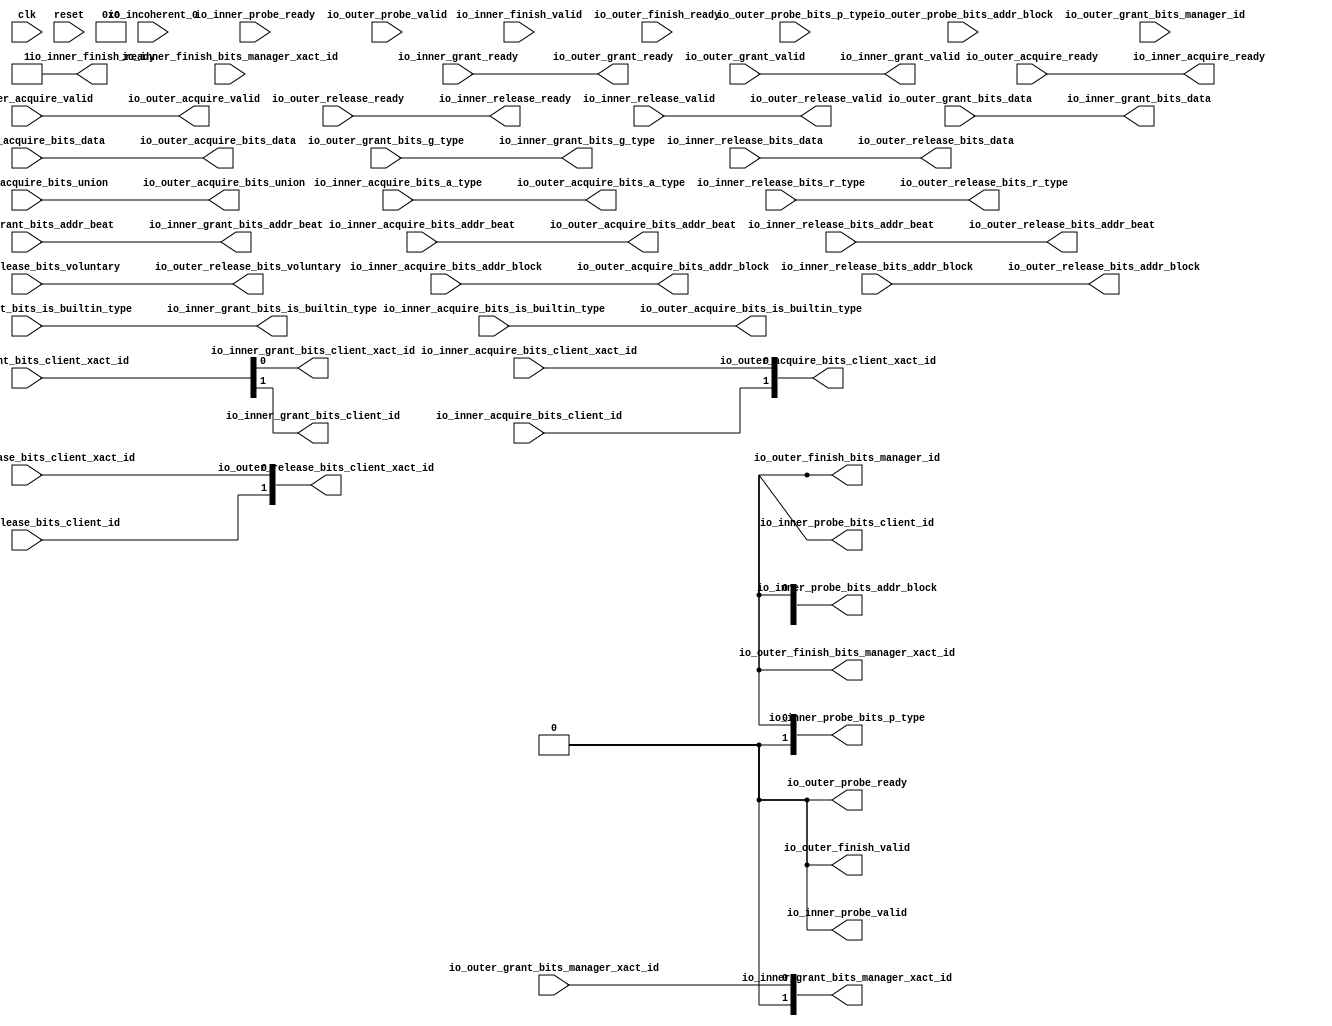
// Copyright (c) 2017, Microsemi Corporation
// All rights reserved.
//
// Redistribution and use in source and binary forms, with or without
// modification, are permitted provided that the following conditions are met:
//     * Redistributions of source code must retain the above copyright
//       notice, this list of conditions and the following disclaimer.
//     * Redistributions in binary form must reproduce the above copyright
//       notice, this list of conditions and the following disclaimer in the
//       documentation and/or other materials provided with the distribution.
//     * Neither the name of the <organization> nor the
//       names of its contributors may be used to endorse or promote products
//       derived from this software without specific prior written permission.
//
// THIS SOFTWARE IS PROVIDED BY THE COPYRIGHT HOLDERS AND CONTRIBUTORS "AS IS" AND
// ANY EXPRESS OR IMPLIED WARRANTIES, INCLUDING, BUT NOT LIMITED TO, THE IMPLIED
// WARRANTIES OF MERCHANTABILITY AND FITNESS FOR A PARTICULAR PURPOSE ARE
// DISCLAIMED. IN NO EVENT SHALL MICROSEMI CORPORATIONM BE LIABLE FOR ANY
// DIRECT, INDIRECT, INCIDENTAL, SPECIAL, EXEMPLARY, OR CONSEQUENTIAL DAMAGES
// (INCLUDING, BUT NOT LIMITED TO, PROCUREMENT OF SUBSTITUTE GOODS OR SERVICES;
// LOSS OF USE, DATA, OR PROFITS; OR BUSINESS INTERRUPTION) HOWEVER CAUSED AND
// ON ANY THEORY OF LIABILITY, WHETHER IN CONTRACT, STRICT LIABILITY, OR TORT
// (INCLUDING NEGLIGENCE OR OTHERWISE) ARISING IN ANY WAY OUT OF THE USE OF THIS
// SOFTWARE, EVEN IF ADVISED OF THE POSSIBILITY OF SUCH DAMAGE.
//
// Description:
//
// SVN Revision Information:
// SVN $Revision: 29484 $
// SVN $Date: 2017-03-31 09:57:25 +0100 (Fri, 31 Mar 2017) $
//
// Resolved SARs
// SAR      Date     Who   Description
//
// Notes:
//
// ****************************************************************************/
`define RANDOMIZE
`timescale 1ns/10ps
module PROC_SUBSYSTEM_CORERISCV_AXI4_0_CORERISCV_AXI4_MANAGER_TO_CLIENT_STATELESS_BRIDGE(
  input   clk,
  input   reset,
  output  io_inner_acquire_ready,
  input   io_inner_acquire_valid,
  input  [25:0] io_inner_acquire_bits_addr_block,
  input   io_inner_acquire_bits_client_xact_id,
  input  [2:0] io_inner_acquire_bits_addr_beat,
  input   io_inner_acquire_bits_is_builtin_type,
  input  [2:0] io_inner_acquire_bits_a_type,
  input  [11:0] io_inner_acquire_bits_union,
  input  [63:0] io_inner_acquire_bits_data,
  input   io_inner_acquire_bits_client_id,
  input   io_inner_grant_ready,
  output  io_inner_grant_valid,
  output [2:0] io_inner_grant_bits_addr_beat,
  output  io_inner_grant_bits_client_xact_id,
  output [1:0] io_inner_grant_bits_manager_xact_id,
  output  io_inner_grant_bits_is_builtin_type,
  output [3:0] io_inner_grant_bits_g_type,
  output [63:0] io_inner_grant_bits_data,
  output  io_inner_grant_bits_client_id,
  output  io_inner_finish_ready,
  input   io_inner_finish_valid,
  input  [1:0] io_inner_finish_bits_manager_xact_id,
  input   io_inner_probe_ready,
  output  io_inner_probe_valid,
  output [25:0] io_inner_probe_bits_addr_block,
  output [1:0] io_inner_probe_bits_p_type,
  output  io_inner_probe_bits_client_id,
  output  io_inner_release_ready,
  input   io_inner_release_valid,
  input  [2:0] io_inner_release_bits_addr_beat,
  input  [25:0] io_inner_release_bits_addr_block,
  input   io_inner_release_bits_client_xact_id,
  input   io_inner_release_bits_voluntary,
  input  [2:0] io_inner_release_bits_r_type,
  input  [63:0] io_inner_release_bits_data,
  input   io_inner_release_bits_client_id,
  input   io_incoherent_0,
  input   io_outer_acquire_ready,
  output  io_outer_acquire_valid,
  output [25:0] io_outer_acquire_bits_addr_block,
  output [1:0] io_outer_acquire_bits_client_xact_id,
  output [2:0] io_outer_acquire_bits_addr_beat,
  output  io_outer_acquire_bits_is_builtin_type,
  output [2:0] io_outer_acquire_bits_a_type,
  output [11:0] io_outer_acquire_bits_union,
  output [63:0] io_outer_acquire_bits_data,
  output  io_outer_probe_ready,
  input   io_outer_probe_valid,
  input  [25:0] io_outer_probe_bits_addr_block,
  input  [1:0] io_outer_probe_bits_p_type,
  input   io_outer_release_ready,
  output  io_outer_release_valid,
  output [2:0] io_outer_release_bits_addr_beat,
  output [25:0] io_outer_release_bits_addr_block,
  output [1:0] io_outer_release_bits_client_xact_id,
  output  io_outer_release_bits_voluntary,
  output [2:0] io_outer_release_bits_r_type,
  output [63:0] io_outer_release_bits_data,
  output  io_outer_grant_ready,
  input   io_outer_grant_valid,
  input  [2:0] io_outer_grant_bits_addr_beat,
  input  [1:0] io_outer_grant_bits_client_xact_id,
  input   io_outer_grant_bits_manager_xact_id,
  input   io_outer_grant_bits_is_builtin_type,
  input  [3:0] io_outer_grant_bits_g_type,
  input  [63:0] io_outer_grant_bits_data,
  input   io_outer_grant_bits_manager_id,
  input   io_outer_finish_ready,
  output  io_outer_finish_valid,
  output  io_outer_finish_bits_manager_xact_id,
  output  io_outer_finish_bits_manager_id
);
  wire [1:0] T_1215;
  wire [1:0] T_1216;
  wire  T_1217;
  wire  T_1218;
  wire  T_1224;
  wire  T_1225;
  wire  T_1227;
  reg [25:0] GEN_0;
  reg [31:0] GEN_5;
  reg [1:0] GEN_1;
  reg [31:0] GEN_6;
  reg  GEN_2;
  reg [31:0] GEN_7;
  reg  GEN_3;
  reg [31:0] GEN_8;
  reg  GEN_4;
  reg [31:0] GEN_9;
  assign io_inner_acquire_ready = io_outer_acquire_ready;
  assign io_inner_grant_valid = io_outer_grant_valid;
  assign io_inner_grant_bits_addr_beat = io_outer_grant_bits_addr_beat;
  assign io_inner_grant_bits_client_xact_id = T_1217;
  assign io_inner_grant_bits_manager_xact_id = {{1'd0}, io_outer_grant_bits_manager_xact_id};
  assign io_inner_grant_bits_is_builtin_type = io_outer_grant_bits_is_builtin_type;
  assign io_inner_grant_bits_g_type = io_outer_grant_bits_g_type;
  assign io_inner_grant_bits_data = io_outer_grant_bits_data;
  assign io_inner_grant_bits_client_id = T_1218;
  assign io_inner_finish_ready = 1'h1;
  assign io_inner_probe_valid = 1'h0;
  assign io_inner_probe_bits_addr_block = GEN_0;
  assign io_inner_probe_bits_p_type = GEN_1;
  assign io_inner_probe_bits_client_id = GEN_2;
  assign io_inner_release_ready = io_outer_release_ready;
  assign io_outer_acquire_valid = io_inner_acquire_valid;
  assign io_outer_acquire_bits_addr_block = io_inner_acquire_bits_addr_block;
  assign io_outer_acquire_bits_client_xact_id = T_1215;
  assign io_outer_acquire_bits_addr_beat = io_inner_acquire_bits_addr_beat;
  assign io_outer_acquire_bits_is_builtin_type = io_inner_acquire_bits_is_builtin_type;
  assign io_outer_acquire_bits_a_type = io_inner_acquire_bits_a_type;
  assign io_outer_acquire_bits_union = io_inner_acquire_bits_union;
  assign io_outer_acquire_bits_data = io_inner_acquire_bits_data;
  assign io_outer_probe_ready = 1'h0;
  assign io_outer_release_valid = io_inner_release_valid;
  assign io_outer_release_bits_addr_beat = io_inner_release_bits_addr_beat;
  assign io_outer_release_bits_addr_block = io_inner_release_bits_addr_block;
  assign io_outer_release_bits_client_xact_id = T_1216;
  assign io_outer_release_bits_voluntary = io_inner_release_bits_voluntary;
  assign io_outer_release_bits_r_type = io_inner_release_bits_r_type;
  assign io_outer_release_bits_data = io_inner_release_bits_data;
  assign io_outer_grant_ready = io_inner_grant_ready;
  assign io_outer_finish_valid = 1'h0;
  assign io_outer_finish_bits_manager_xact_id = GEN_3;
  assign io_outer_finish_bits_manager_id = GEN_4;
  assign T_1215 = {io_inner_acquire_bits_client_id,io_inner_acquire_bits_client_xact_id};
  assign T_1216 = {io_inner_release_bits_client_id,io_inner_release_bits_client_xact_id};
  assign T_1217 = io_outer_grant_bits_client_xact_id[0];
  assign T_1218 = io_outer_grant_bits_client_xact_id[1];
  assign T_1224 = io_outer_probe_valid == 1'h0;
  assign T_1225 = T_1224 | reset;
  assign T_1227 = T_1225 == 1'h0;
`ifdef RANDOMIZE
  integer initvar;
  initial begin
    `ifndef verilator
      #0.002;
    `endif
  `ifdef RANDOMIZE
  GEN_5 = {1{$random}};
  GEN_0 = GEN_5[25:0];
  `endif
  `ifdef RANDOMIZE
  GEN_6 = {1{$random}};
  GEN_1 = GEN_6[1:0];
  `endif
  `ifdef RANDOMIZE
  GEN_7 = {1{$random}};
  GEN_2 = GEN_7[0:0];
  `endif
  `ifdef RANDOMIZE
  GEN_8 = {1{$random}};
  GEN_3 = GEN_8[0:0];
  `endif
  `ifdef RANDOMIZE
  GEN_9 = {1{$random}};
  GEN_4 = GEN_9[0:0];
  `endif
  end
`endif
  always @(posedge clk) begin
    `ifndef SYNTHESIS
    `ifdef PRINTF_COND
      if (`PRINTF_COND) begin
    `endif
        if (T_1227) begin
          $fwrite(32'h80000002,"Assertion failed: L2 agent got illegal probe\n    at Agents.scala:159 assert(!io.outer.probe.valid, ---L2 agent got illegal probe---)\n");
        end
    `ifdef PRINTF_COND
      end
    `endif
    `endif
    `ifndef SYNTHESIS
    `ifdef STOP_COND
      if (`STOP_COND) begin
    `endif
        if (T_1227) begin
          $fatal;
        end
    `ifdef STOP_COND
      end
    `endif
    `endif
  end
endmodule